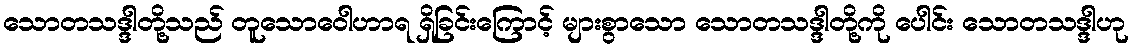
သောတသဒ္ဒါတို့သည် တူသောဝေါဟာရ ရှိခြင်းကြောင့် များစွာသော သောတသဒ္ဒါတို့ကို ပေါင်း သောတသဒ္ဒါဟု